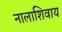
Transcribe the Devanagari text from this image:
नालाशिवाय